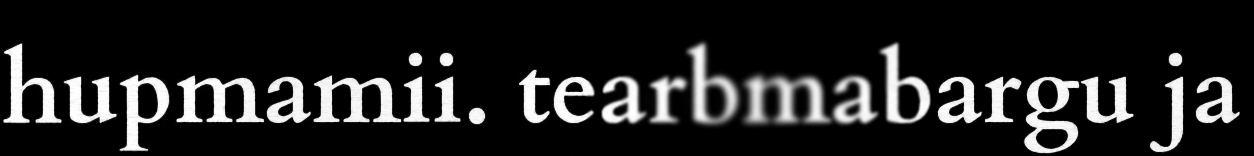
hupmamii. tearbmabargu ja